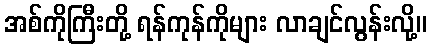
အစ်ကိုကြီးတို့ ရန်ကုန်ကိုများ လာချင်လွန်းလို့။